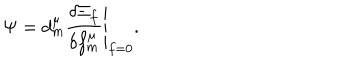
\Psi = d _ { m } ^ { \mu } \left. \frac { \delta \Xi _ { f } } { \delta f _ { m } ^ { \mu } } \right| _ { f = 0 } .